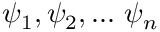
{ \psi } _ { 1 } , { \psi } _ { 2 } , . . . \mathrm { ~ } { \psi } _ { n }